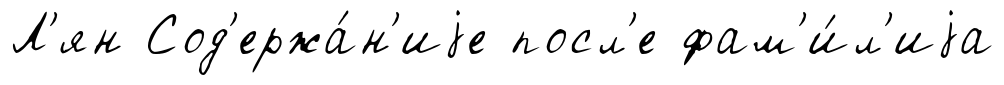
Л'ян Сод'ержа́н'иjе посл'е фам'и́л'иjа